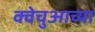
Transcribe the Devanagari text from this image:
क्वेचुआच्या